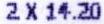
2 X 14.20